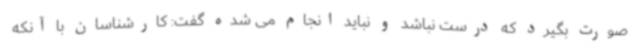
صورت بگیرد که درست نباشد و نباید انجام می شده گفت: کارشناسان با آنکه